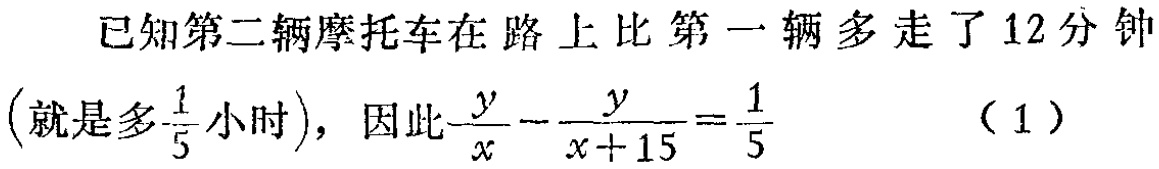
已知第二辆摩托车在路上比第一辆多走了12分钟

(就是多$\frac{1}{5}$小时)，因此$\frac{y}{x}-\frac{y}{x + 15}=\frac{1}{5}$ （1）